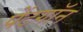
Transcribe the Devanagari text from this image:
पेंटगॉन